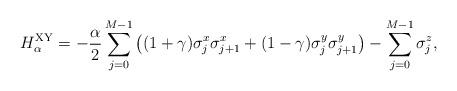
LaTeX: \begin{align*}H_{\alpha}^{\mathrm{XY}} = -\frac\alpha2 \sum_{j=0}^{M-1}\left( (1+\gamma)\sigma^x_j\sigma^x_{j+1} + (1-\gamma)\sigma^y_j\sigma^y_{j+1}\right) - \sum_{j=0}^{M-1} \sigma^z_j,\end{align*}